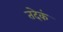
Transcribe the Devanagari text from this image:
तदेकं